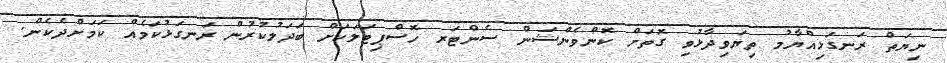
ނިޔަތް ރަނގަޅިއްޔާމު ތިޔަވިދާޅުވި ގޮތަށް ކޮންވެންޝަން ސެންޓަރ ހޮސްޕިޓަލަކަށް ބަދަލުކުރުން ރަނގަޅުކަމެއް ކަމަށްދެކެން.